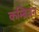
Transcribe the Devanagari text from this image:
कम्ब्रियन